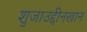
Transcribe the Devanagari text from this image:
शुजाउद्दीनखान